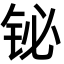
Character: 铋